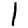
Digit: 1